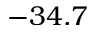
- 3 4 . 7